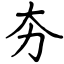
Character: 夯